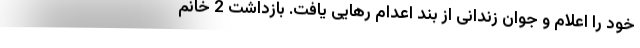
خود را اعلام و جوان زندانی از بند اعدام رهایی یافت. بازداشت 2 خانم